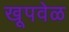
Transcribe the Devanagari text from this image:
खूपवेळ